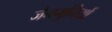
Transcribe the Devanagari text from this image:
जैनमुनियों